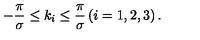
- { \frac { \pi } { \sigma } } \leq k _ { i } \leq { \frac { \pi } { \sigma } } \left( i = 1 , 2 , 3 \right) .